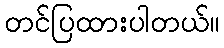
တင်ပြထားပါတယ်။